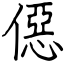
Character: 僫